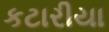
કટારીયા